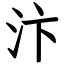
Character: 汴